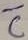
Text: C